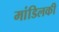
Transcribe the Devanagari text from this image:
मांडिलकी